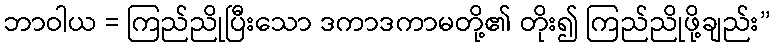
ဘာဝါယ = ကြည်ညိုပြီးသော ဒကာဒကာမတို့၏ တိုး၍ ကြည်ညိုဖို့ချည်း”